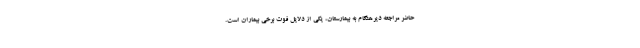
حاضر مراجعه دیرهنگام به بیمارستان، یکی از دلایل فوت برخی بیماران است.